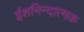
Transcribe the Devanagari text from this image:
ईशनिन्दात्मक